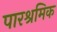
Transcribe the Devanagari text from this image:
पारश्रमिक